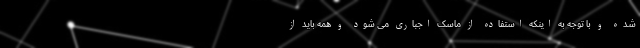
شده و با توجه به اینکه استفاده از ماسک اجباری می شود و همه باید از